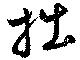
拙